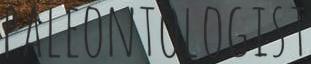
PALEONTOLOGIST